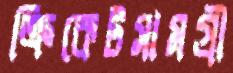
ক্রিকেটসামগ্রী